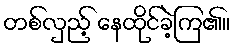
တစ်လှည့် နေထိုင်ခဲ့ကြ၏။